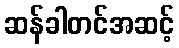
ဆန်ခါတင်အဆင့်